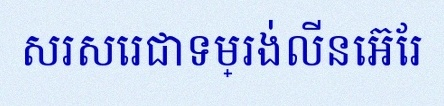
សរសេរជាទម្រង់លីនេអ៊ែរ